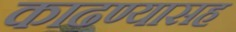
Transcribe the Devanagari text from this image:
काढण्यासह